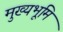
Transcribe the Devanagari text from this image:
मुख्‍यभूमि